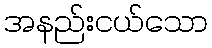
အနည်းငယ်သော